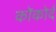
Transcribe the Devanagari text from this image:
कोंकोर्द